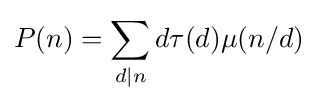
P(n)=\sum _{d\mid n}d\tau (d)\mu (n/d)